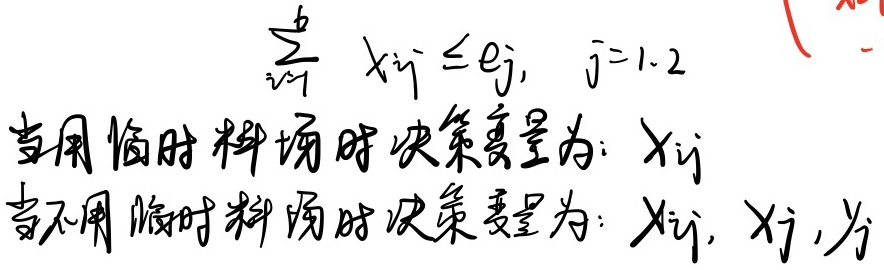
当用临时料场时，决策变量为 \(x_{ij}\)；当不用临时料场时，决策变量为 \(x_{ij}, X_j\)。

\(\sum_{i = 1}^{5} x_{ij} \leq e_j, \ j = 1, 2\)